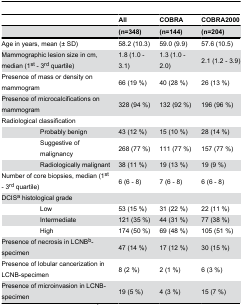
<table><thead><tr><td colspan="2"></td><td><b>All</b></td><td><b>COBRA</b></td><td><b>COBRA2000</b></td></tr><tr><td colspan="2"></td><td><b>(n=348)</b></td><td><b>(n=144)</b></td><td><b>(n=204)</b></td></tr></thead><tbody><tr><td colspan="2">Age in years, mean (± SD)</td><td>58.2 (10.3)</td><td>59.0 (9.9)</td><td>57.6 (10.5)</td></tr><tr><td colspan="2">Mammographic lesion size in cm, median (1<sup>st</sup> - 3<sup>rd</sup> quartile)</td><td>1.8 (1.0 - 3.1)</td><td>1.3 (1.0 - 2.0)</td><td>2.1 (1.2 - 3.9)</td></tr><tr><td colspan="2">Presence of mass or density on mammogram</td><td>66 (19 %)</td><td>40 (28 %)</td><td>26 (13 %)</td></tr><tr><td colspan="2">Presence of microcalcifications on mammogram</td><td>328 (94 %)</td><td>132 (92 %)</td><td>196 (96 %)</td></tr><tr><td colspan="2">Radiological classification</td><td></td><td></td><td></td></tr><tr><td></td><td>Probably benign</td><td>43 (12 %)</td><td>15 (10 %)</td><td>28 (14 %)</td></tr><tr><td></td><td>Suggestive of malignancy</td><td>268 (77 %)</td><td>111 (77 %)</td><td>157 (77 %)</td></tr><tr><td></td><td>Radiologically malignant</td><td>38 (11 %)</td><td>19 (13 %)</td><td>19 (9 %)</td></tr><tr><td colspan="2">Number of core biopsies, median (1<sup>st</sup> - 3<sup>rd</sup> quartile)</td><td>6 (6 - 8)</td><td>7 (6 - 8)</td><td>6 (6 - 8)</td></tr><tr><td colspan="2">DCIS<sup>a</sup> histological grade</td><td></td><td></td><td></td></tr><tr><td></td><td>Low</td><td>53 (15 %)</td><td>31 (22 %)</td><td>22 (11 %)</td></tr><tr><td></td><td>Intermediate</td><td>121 (35 %)</td><td>44 (31 %)</td><td>77 (38 %)</td></tr><tr><td></td><td>High</td><td>174 (50 %)</td><td>69 (48 %)</td><td>105 (51 %)</td></tr><tr><td colspan="2">Presence of necrosis in LCNB<sup>b</sup>-specimen</td><td>47 (14 %)</td><td>17 (12 %)</td><td>30 (15 %)</td></tr><tr><td colspan="2">Presence of lobular cancerization in LCNB-specimen</td><td>8 (2 %)</td><td>2 (1 %)</td><td>6 (3 %)</td></tr><tr><td colspan="2">Presence of microinvasion in LCNB-specimen</td><td>19 (5 %)</td><td>4 (3 %)</td><td>15 (7 %)</td></tr></tbody></table>